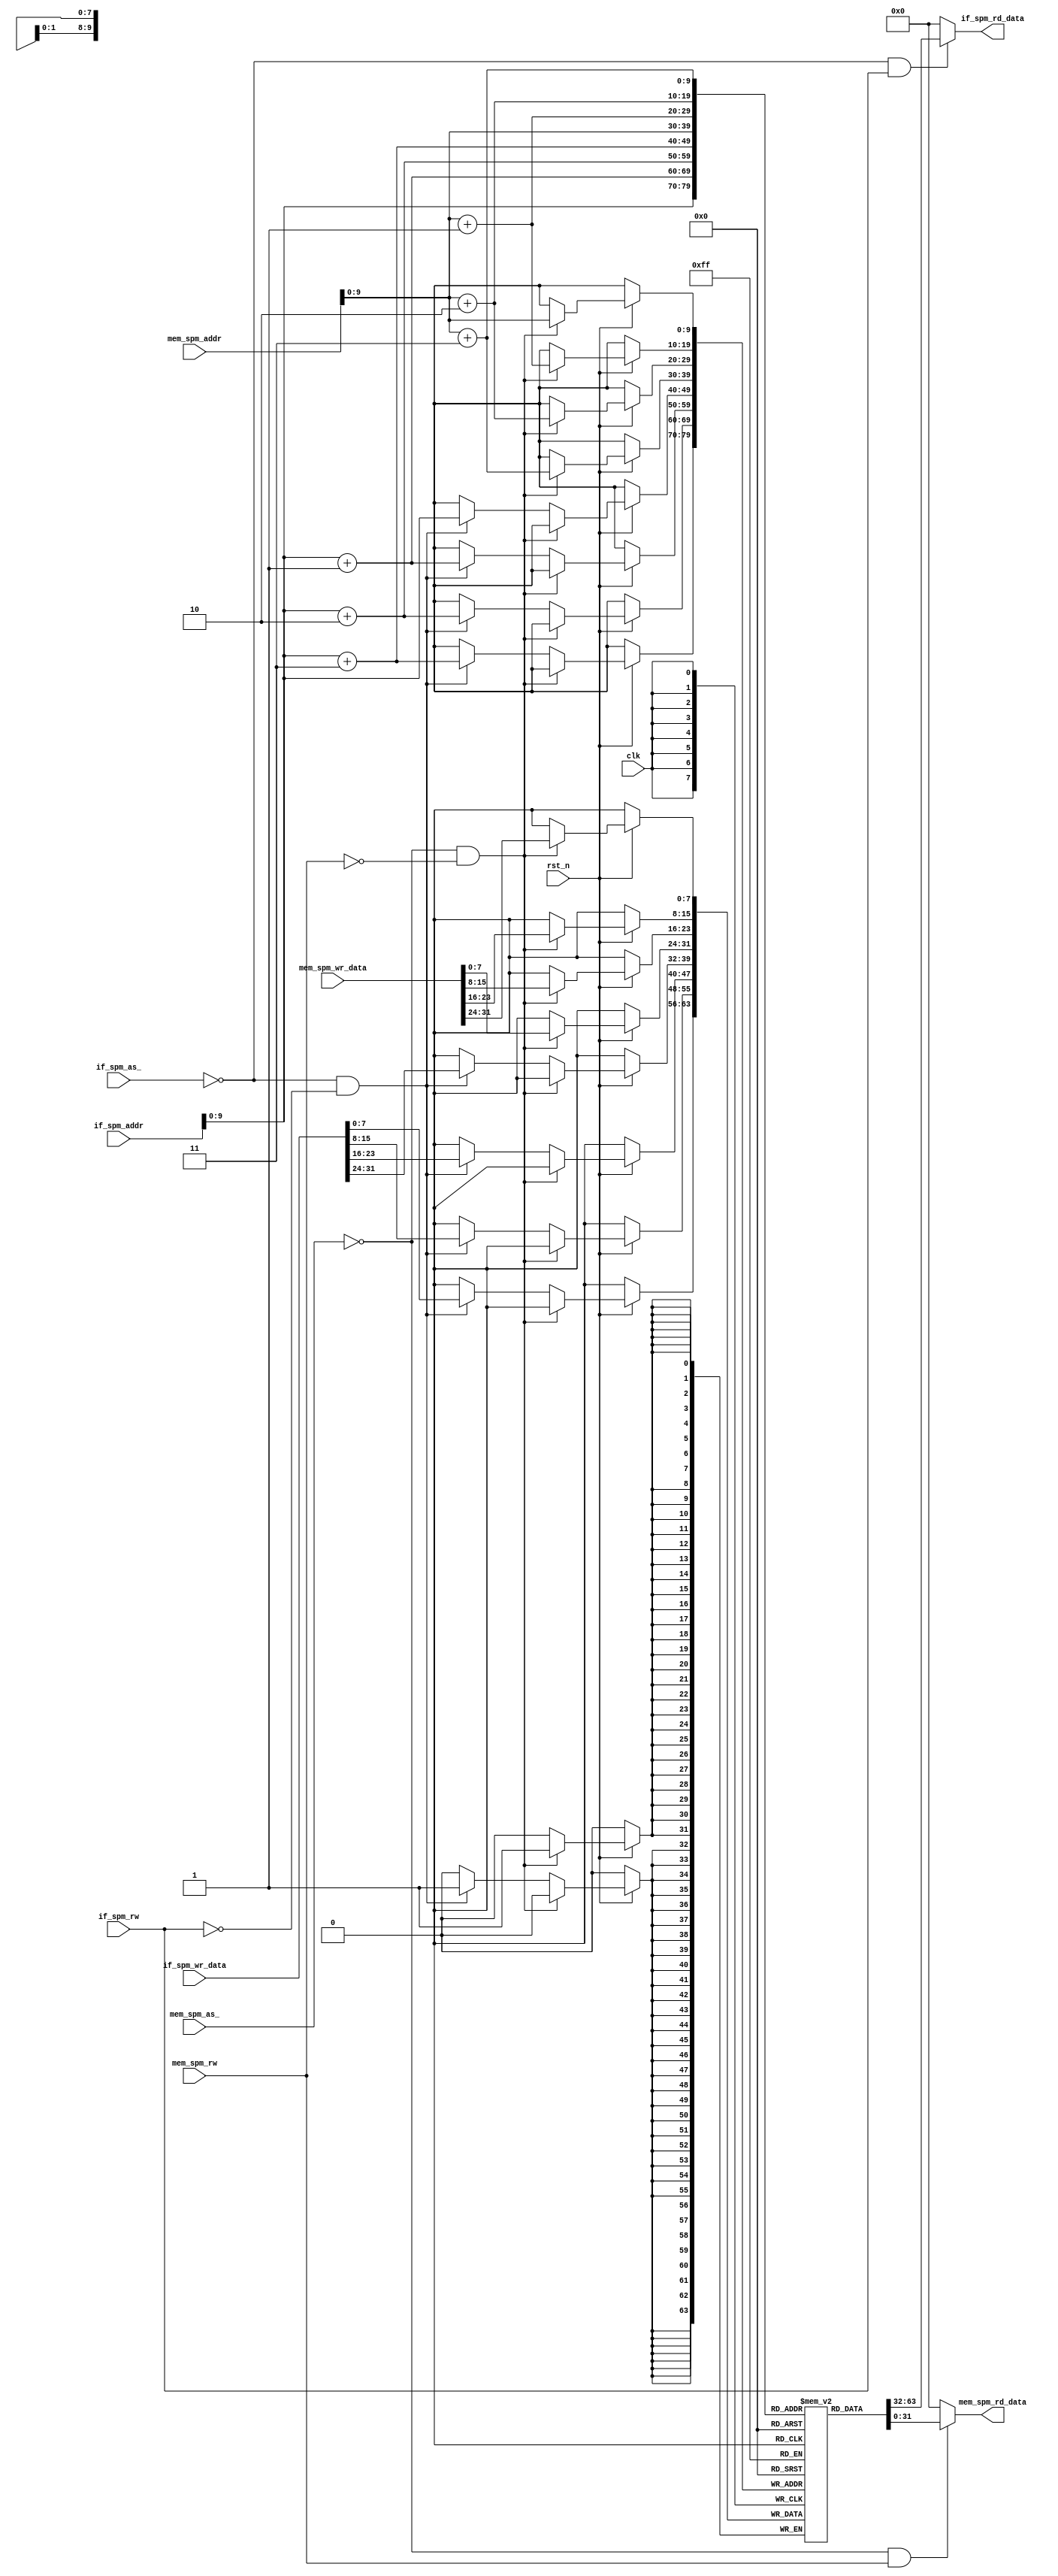
`ifndef SIICPU_SPM
`define SIICPU_SPM

//Dual Port RAM
//One port for IF, the other for MEM

module spm #(
    parameter READ  = 1,
    parameter WRITE = 0
)(
    input wire              clk,
    input wire              rst_n,
    input wire  [31 : 0]    if_spm_addr,
    input wire              if_spm_as_,
    input wire              if_spm_rw,
    input wire  [31 : 0]    if_spm_wr_data,
    output wire [31 : 0]    if_spm_rd_data,
    input wire  [31 : 0]    mem_spm_addr,
    input wire              mem_spm_as_,
    input wire              mem_spm_rw,
    input wire  [31 : 0]    mem_spm_wr_data,
    output wire [31 : 0]    mem_spm_rd_data
);

reg [7 : 0] spm [0 : 1023];
integer i;

assign if_spm_rd_data   =   (!if_spm_as_ && (if_spm_rw == READ)) ?
                            {   spm[if_spm_addr], 
                                spm[if_spm_addr + 1], 
                                spm[if_spm_addr + 2], 
                                spm[if_spm_addr + 3]} : 32'b0;
assign mem_spm_rd_data  =   (!mem_spm_as_ && (mem_spm_rw == READ)) ? 
                            {   spm[mem_spm_addr],
                                spm[mem_spm_addr + 1], 
                                spm[mem_spm_addr + 2], 
                                spm[mem_spm_addr + 3] } : 32'b0;

//always @(posedge clk or negedge rst_n) begin
//    if (!rst_n) begin
//        for (i = 0; i < 1024;i = i + 1) begin
//            spm[i] <= 8'b0;
//        end
//    end else if (!mem_spm_as_ && (mem_spm_rw == WRITE)) begin
//        spm[mem_spm_addr]       <= mem_spm_wr_data[31 : 24];
//        spm[mem_spm_addr + 1]   <= mem_spm_wr_data[23 : 16];
//        spm[mem_spm_addr + 2]   <= mem_spm_wr_data[15 : 8];
//        spm[mem_spm_addr + 3]   <= mem_spm_wr_data[7 : 0];
//    end else if (!if_spm_as_ && (if_spm_rw == WRITE)) begin
//        spm[if_spm_addr]        <= if_spm_wr_data[31 : 24];
//        spm[if_spm_addr + 1]    <= if_spm_wr_data[23 : 16];
//        spm[if_spm_addr + 2]    <= if_spm_wr_data[15 : 8];
//        spm[if_spm_addr + 3]    <= if_spm_wr_data[7 : 0];
//    end
//end

always @(posedge clk) begin
    if (rst_n) begin
        if (!mem_spm_as_ && (mem_spm_rw == WRITE)) begin
            spm[mem_spm_addr]       <= mem_spm_wr_data[31 : 24];
            spm[mem_spm_addr + 1]   <= mem_spm_wr_data[23 : 16];
            spm[mem_spm_addr + 2]   <= mem_spm_wr_data[15 : 8];
            spm[mem_spm_addr + 3]   <= mem_spm_wr_data[7 : 0];
        end else if (!if_spm_as_ && (if_spm_rw == WRITE)) begin
            spm[if_spm_addr]        <= if_spm_wr_data[31 : 24];
            spm[if_spm_addr + 1]    <= if_spm_wr_data[23 : 16];
            spm[if_spm_addr + 2]    <= if_spm_wr_data[15 : 8];
            spm[if_spm_addr + 3]    <= if_spm_wr_data[7 : 0];
        end
    end
end

endmodule

`endif